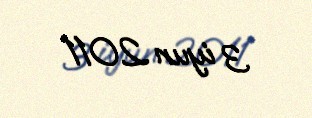
3 iyun 2011